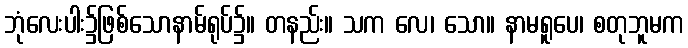
ဘုံလေးပါး၌ဖြစ်သောနာမ်ရုပ်၌။ တနည်း။ သက လေ၊ သော။ နာမရူပေ၊ စတုဘူမက